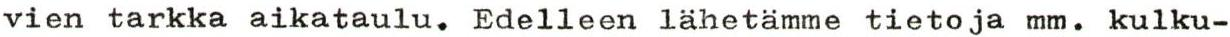
vien tarkka aikataulu. Edelleen lähetämme tietoja mm. kulku-